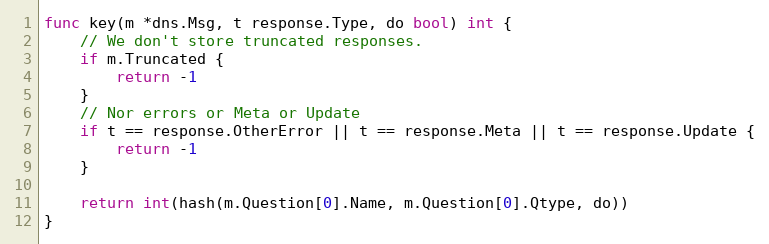
Language: Go
func key(m *dns.Msg, t response.Type, do bool) int {
	// We don't store truncated responses.
	if m.Truncated {
		return -1
	}
	// Nor errors or Meta or Update
	if t == response.OtherError || t == response.Meta || t == response.Update {
		return -1
	}

	return int(hash(m.Question[0].Name, m.Question[0].Qtype, do))
}